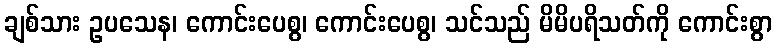
ချစ်သား ဥပသေန၊ ကောင်းပေစွ၊ ကောင်းပေစွ၊ သင်သည် မိမိပရိသတ်ကို ကောင်းစွာ